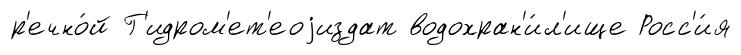
р'ечно́й Г'идром'ет'еоjиздат водохран'и́л'ище Росс'и́я